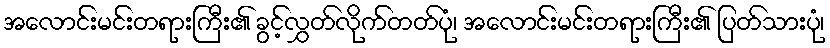
အလောင်းမင်းတရားကြီး၏ ခွင့်လွှတ်လိုက်တတ်ပုံ၊ အလောင်းမင်းတရားကြီး၏ ပြတ်သားပုံ၊